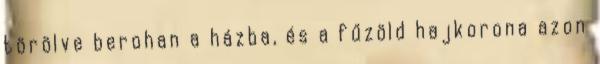
törölve berohan a házba, és a fűzöld hajkorona azon